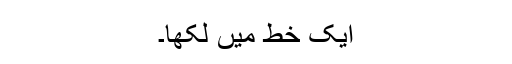
ایک خط میں لکھا۔